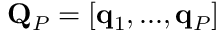
\mathbf { Q } _ { P } = [ \mathbf { q } _ { 1 } , . . . , \mathbf { q } _ { P } ]